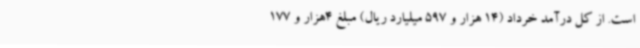
است. از کل درآمد خرداد (14 هزار و 597 میلیارد ریال) مبلغ 4هزار و 177